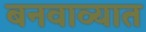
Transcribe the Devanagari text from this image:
बनवाव्यात